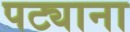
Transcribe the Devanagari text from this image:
पट्याना